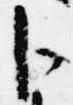
卜